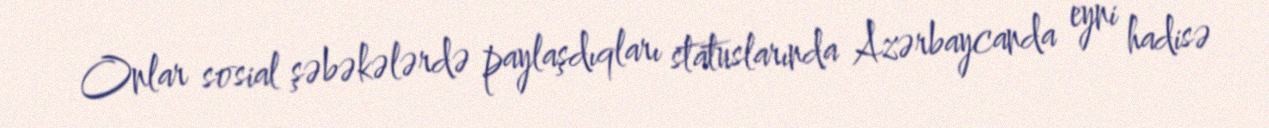
Onlar sosial şəbəkələrdə paylaşdıqları statuslarında Azərbaycanda eyni hadisə